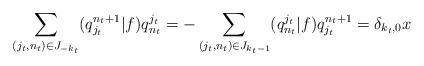
LaTeX: \begin{align*}\sum_{(j_t,n_t)\in J_{-k_t}}(q^{n_t+1}_{j_t}|f)q^{j_t}_{n_t}=-\sum_{(j_t,n_t)\in J_{k_t-1}}(q^{j_t}_{n_t}|f)q^{n_t+1}_{j_t}=\delta_{k_t,0}x\end{align*}